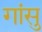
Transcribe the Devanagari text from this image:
गांसु